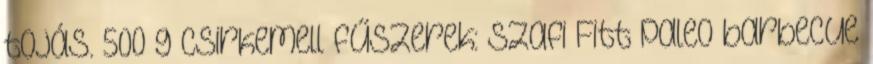
tojás. 500 g csirkemell fűszerek: Szafi Fitt paleo barbecue